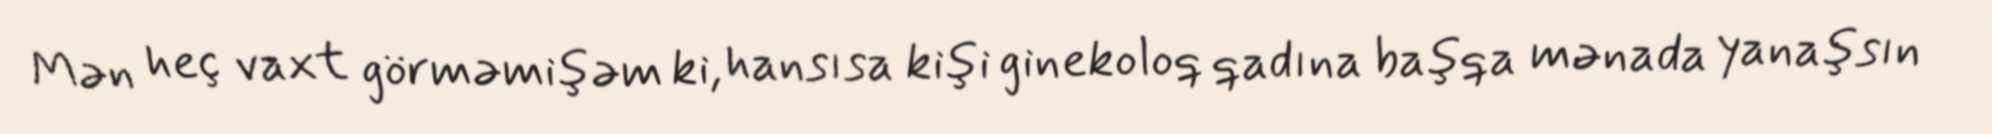
Mən heç vaxt görməmişəm ki, hansısa kişi ginekoloq qadına başqa mənada yanaşsın